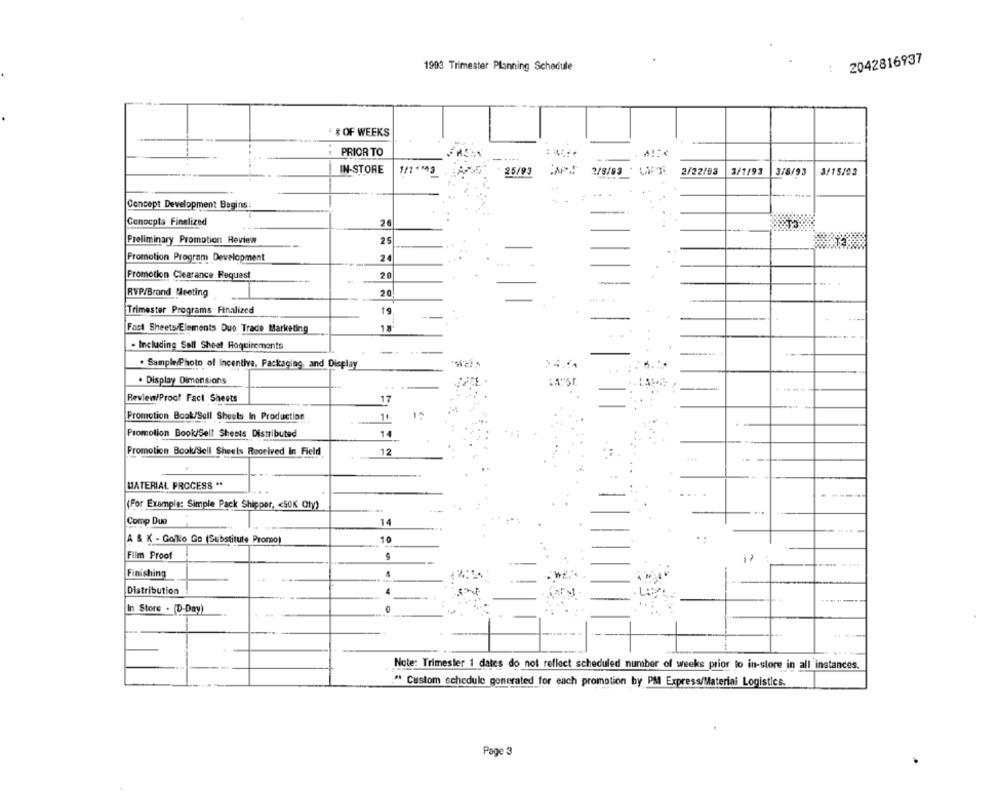
2042816937
1993 Trimester Planning Schedule
$ OF WEEKS
PRIOR TO
IN-STORE
1/1113
25/93
2/22/93
3/1/93
3/8/93
3/15/03
Concept Development Begins:
Concepts Finalized
26
Preliminary Promotion Review
25
Promotion Program Development
24
Promotion Clearance Request
20
RVP/Brand Meeting
20
Trimester Programs Finalized
19
---
Fact Sheets/Elements Duo Trade Marketing
18
- Including Sall Sheet Requirements
. Sample/Photo of Incentive, Packaging, and Display
. Display Dimensions
Review/Proof Fact Sheets
17
Promotion Book/Sell Sheets In Production
11
Promotion Book/Sell Sheets Distributed
14
Promotion Book/Sell Sheets Received In Field
12
MATERIAL PROCESS "
(For Example: Simple Pack Shipper, < SOK Oty)
Comp Due
14
10
Finishing
Distribution
4
In Store . (D-Day)
Note: Trimester 1 dates do not reflect scheduled number of weeks prior to in-store in all instances.
" Custom schedule generated for each promotion by PM Express/Material Logistics.
Page 3